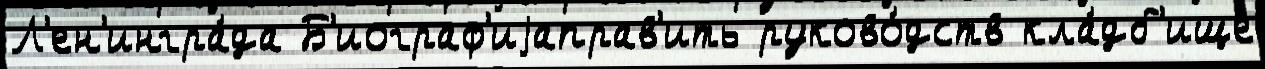
Л'ен'ингра́да Б'иограф'иjаправ'ить руково́дств кла́дб'ище